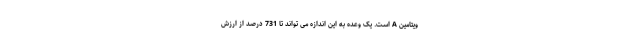
ویتامین A است. یک وعده به این اندازه می تواند تا 731 درصد از ارزش